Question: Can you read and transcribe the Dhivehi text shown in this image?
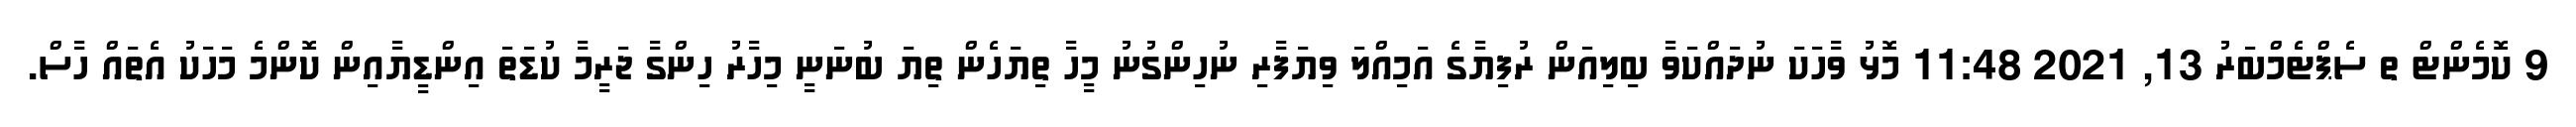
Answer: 9 ކޮމެންޓް ތ ސެޕްޓެމްބަރު 13, 2021 11:48 މޮޅު ވާހަކަ ނުދައްކަވާ ބިލިއަން ރުފިޔާގެ އަމިއްލަ ވިޔަފާރި ނުހިންގުނު މީހާ ތިޔަހެން ތިޔަ ބުނަނީ މިހާރު ހިންގާ ޖަރީމާ ކުޑަތަ އިންޑީޔާއިން ކޮންމެ މަހަކު އެތައް ހާސް.